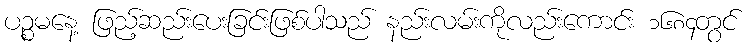
ပဉ္စမနေ့ ဖြည့်ဆည်းပေးခြင်းဖြစ်ပါသည် နည်းလမ်းကိုလည်းကောင်း ၁၆၈၄တွင်